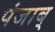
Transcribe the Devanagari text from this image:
पंजाब्